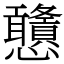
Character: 𢦀